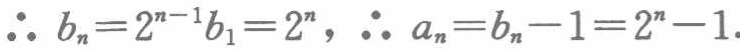
\(\therefore b_{n}=2^{n - 1}b_{1}=2^{n},\ \therefore a_{n}=b_{n}-1=2^{n}-1.\)